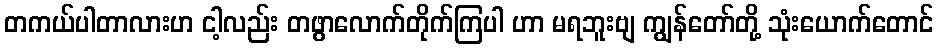
တကယ်ပါတာလားဟ ငါ့လည်း တဖွာလောက်တိုက်ကြပါ ဟာ မရဘူးဗျ ကျွန်တော်တို့ သုံးယောက်တောင်